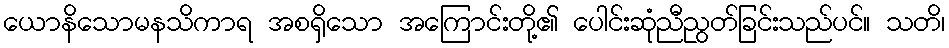
ယောနိသောမနသိကာရ အစရှိသော အကြောင်းတို့၏ ပေါင်းဆုံညီညွတ်ခြင်းသည်ပင်။ သတိ၊